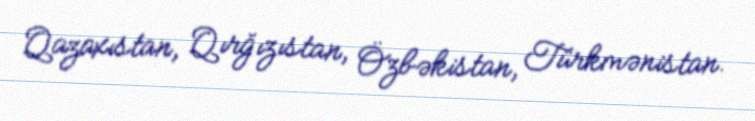
Qazaxıstan, Qırğızıstan, Özbəkistan, Türkmənistan.